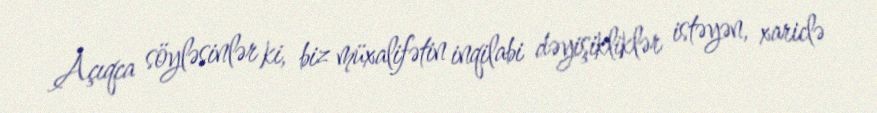
Açıqca söyləsinlər ki, biz müxalifətin inqilabi dəyişikliklər istəyən, xariclə